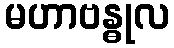
မဟာဗန္ဓုလ